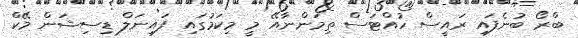
ބްރޯ ބުނެފައި ރައީސް ހުއްޓަސް ތިމަންނާއޭ މީ މިކަމުގައި ފައިނަލް ޑިސިޝަން މޭކް